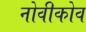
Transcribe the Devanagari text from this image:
नोवीकोव